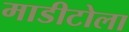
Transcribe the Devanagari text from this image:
माडीटोला